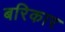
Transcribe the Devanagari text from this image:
बरिकार